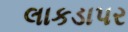
લાકડાપર